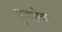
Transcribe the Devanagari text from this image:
कुलशेकर